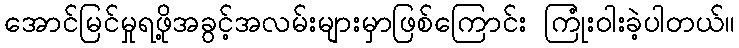
အောင်မြင်မှုရဖို့အခွင့်အလမ်းများမှာဖြစ်ကြောင်း ကြုံးဝါးခဲ့ပါတယ်။